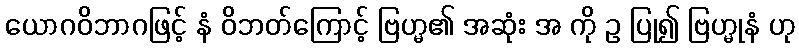
ယောဂဝိဘာဂဖြင့် နံ ဝိဘတ်ကြောင့် ဗြဟ္မ၏ အဆုံး အ ကို ဥ ပြု၍ ဗြဟ္မုနံ ဟု